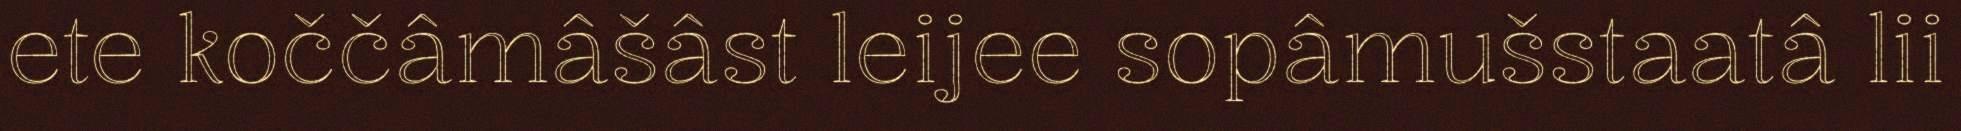
ete koččâmâšâst leijee sopâmušstaatâ lii